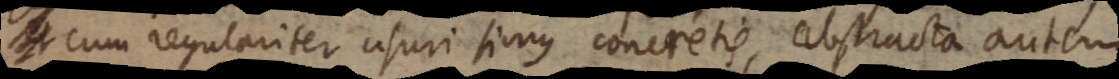
et cum regulariter usuri simus concretis, abstracta autem